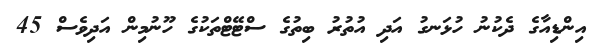
އިންޑިއާގެ ދެކުނު ހުޅަނގު އަދި އުތުރު ބިތުގެ ސްޓޭޓްތަކުގެ ހޫނުމިން އަދިވެސް 45